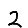
Digit: 2